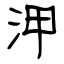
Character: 㳌